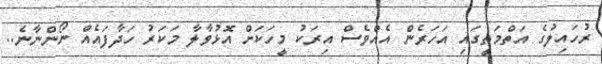
ރުހައިލުގެ އަތްމަތީގައި އަހަރެން އެއްވެސް އިރަކު މީހަކަށް އޮޅުވާލާ މަކަރު ހަދާފައެއް ނޯންނާނެ..